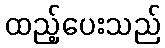
ထည့်ပေးသည်